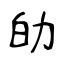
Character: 劰